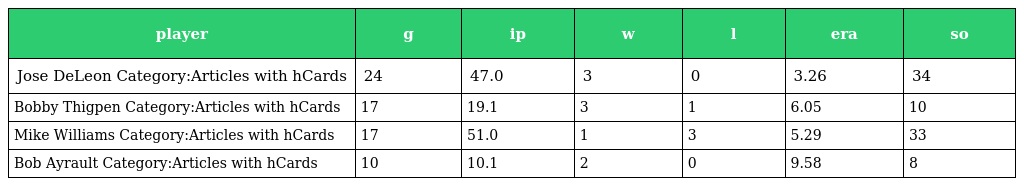
| player | g | ip | w | l | era | so |
 | --- | --- | --- | --- | --- | --- | --- |
 | Jose DeLeon Category:Articles with hCards | 24 | 47.0 | 3 | 0 | 3.26 | 34 |
 | Bobby Thigpen Category:Articles with hCards | 17 | 19.1 | 3 | 1 | 6.05 | 10 |
 | Mike Williams Category:Articles with hCards | 17 | 51.0 | 1 | 3 | 5.29 | 33 |
 | Bob Ayrault Category:Articles with hCards | 10 | 10.1 | 2 | 0 | 9.58 | 8 |